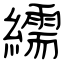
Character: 繻